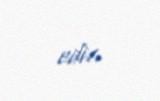
edir.